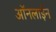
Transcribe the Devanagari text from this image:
आॅनलाईन